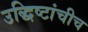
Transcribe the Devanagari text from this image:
उद्धिष्टांचीच